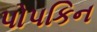
પોપકિન